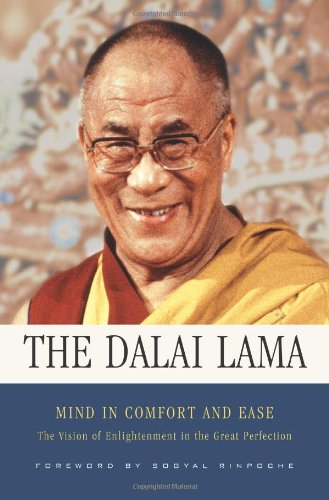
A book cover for Mind in Comfort and Ease:  The Vision of Enlightenment in the Great Perfection; Dalai Lama XIV; Religion & Spirituality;